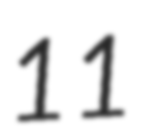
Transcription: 11